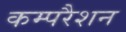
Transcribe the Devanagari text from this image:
कम्परैशन